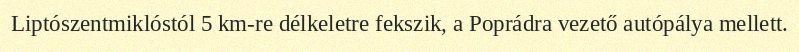
Liptószentmiklóstól 5 km-re délkeletre fekszik, a Poprádra vezető autópálya mellett.